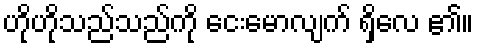
ဟိုဟိုသည်သည်ကို ငေးမောလျက် ရှိလေ ၏။